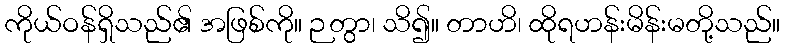
ကိုယ်ဝန်ရှိသည်၏ အဖြစ်ကို။ ဉတွာ၊ သိ၍။ တာဟိ၊ ထိုရဟန်းမိန်းမတို့သည်။